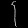
Digit: ၄